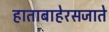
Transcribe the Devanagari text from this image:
हाताबाहेरसजाते